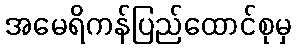
အမေရိကန်ပြည်ထောင်စုမှ